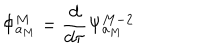
LaTeX: \Phi _ { a _ { M } } ^ { M } = \frac { d } { d \tau } \Psi _ { a _ { M } } ^ { M - 2 }